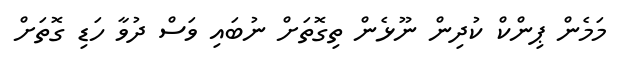
މަމެން ޕިންކް ކުދިން ނޫޅެން ތިގޮތަށް ނުބައި ވަސް ދުވާ ހަޑި ގޮތަށް